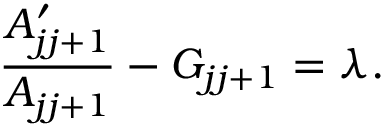
{ \frac { A \sp \prime _ { j j + 1 } } { A _ { j j + 1 } } } - G _ { j j + 1 } = \lambda .